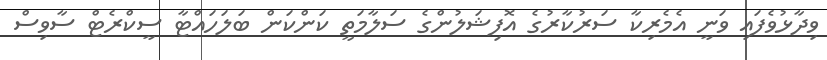
ވިދާޅުވެފައި ވަނީ އެމެރިކާ ސަރުކާރުގެ އޮފިޝަލުންގެ ސަލާމަތީ ކަންކަން ބަލަހައްޓާ ސީކްރެޓް ސާވިސް